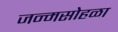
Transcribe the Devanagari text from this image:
जन्मसोहळा